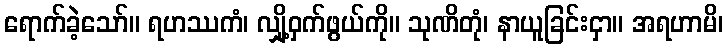
ရောက်ခဲ့သော်။ ရဟဿကံ၊ လျှို့ဝှက်ဖွယ်ကို။ သုဏိတုံ၊ နာယူခြင်းငှာ။ အရဟာမိ၊